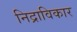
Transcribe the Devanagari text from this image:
निद्राविकार